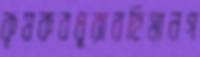
কৃষকবধূরাবহিমানগ